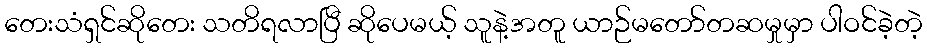
တေးသံရှင်ဆိုတေး သတိရလာပြီ ဆိုပေမယ့် သူနဲ့အတူ ယာဉ်မတော်တဆမှုမှာ ပါဝင်ခဲ့တဲ့